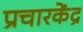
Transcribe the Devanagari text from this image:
प्रचारकेंद्र